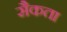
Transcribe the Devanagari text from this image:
सैकता